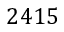
2 4 1 5